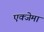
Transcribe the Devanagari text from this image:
एक्जेमा